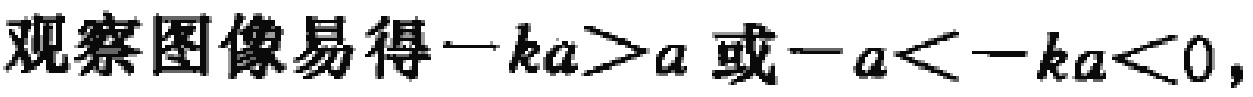
观察图像易得\(-ka > a\)或\(-a < -ka < 0\)，